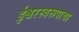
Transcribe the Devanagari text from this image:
ईश्वरस्वरूपाचा